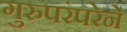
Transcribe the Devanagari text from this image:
गुरुपरंपरेने